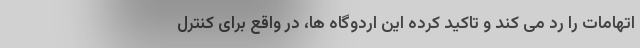
اتهامات را رد می کند و تاکید کرده این اردوگاه ها، در واقع برای کنترل